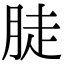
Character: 𦛣